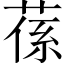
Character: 𦵠